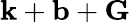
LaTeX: \mathbf{k}+\mathbf{b}+\mathbf{G}